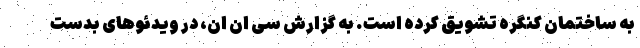
به ساختمان کنگره تشویق کرده است. به گزارش سی ان ان، در ویدئوهای بدست